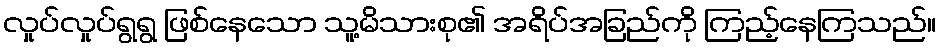
လှုပ်လှုပ်ရွရွ ဖြစ်နေသော သူ့မိသားစု၏ အရိပ်အခြည်ကို ကြည့်နေကြသည်။